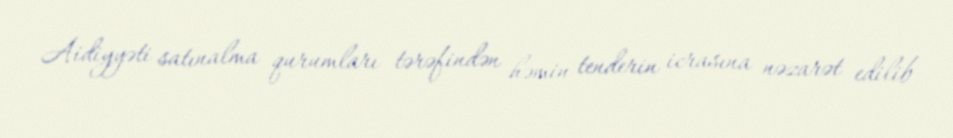
Aidiyyəti satınalma qurumları tərəfindən həmin tenderin icrasına nəzarət edilib